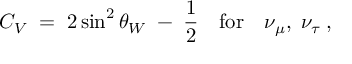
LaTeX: { C _ { V } \; = \; 2 \sin ^ { 2 } \theta _ { W } \; - \; { \frac { 1 } { 2 } } \quad \mathrm { f o r } \quad \nu _ { \mu } , \; \nu _ { \tau } \; , }